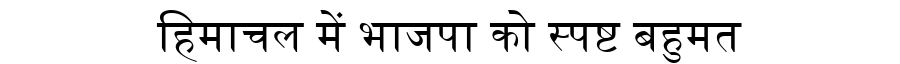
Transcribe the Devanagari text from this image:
हिमाचल में भाजपा को स्पष्ट बहुमत